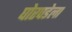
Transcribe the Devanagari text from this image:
घोरपडेला